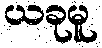
ယခုမူ